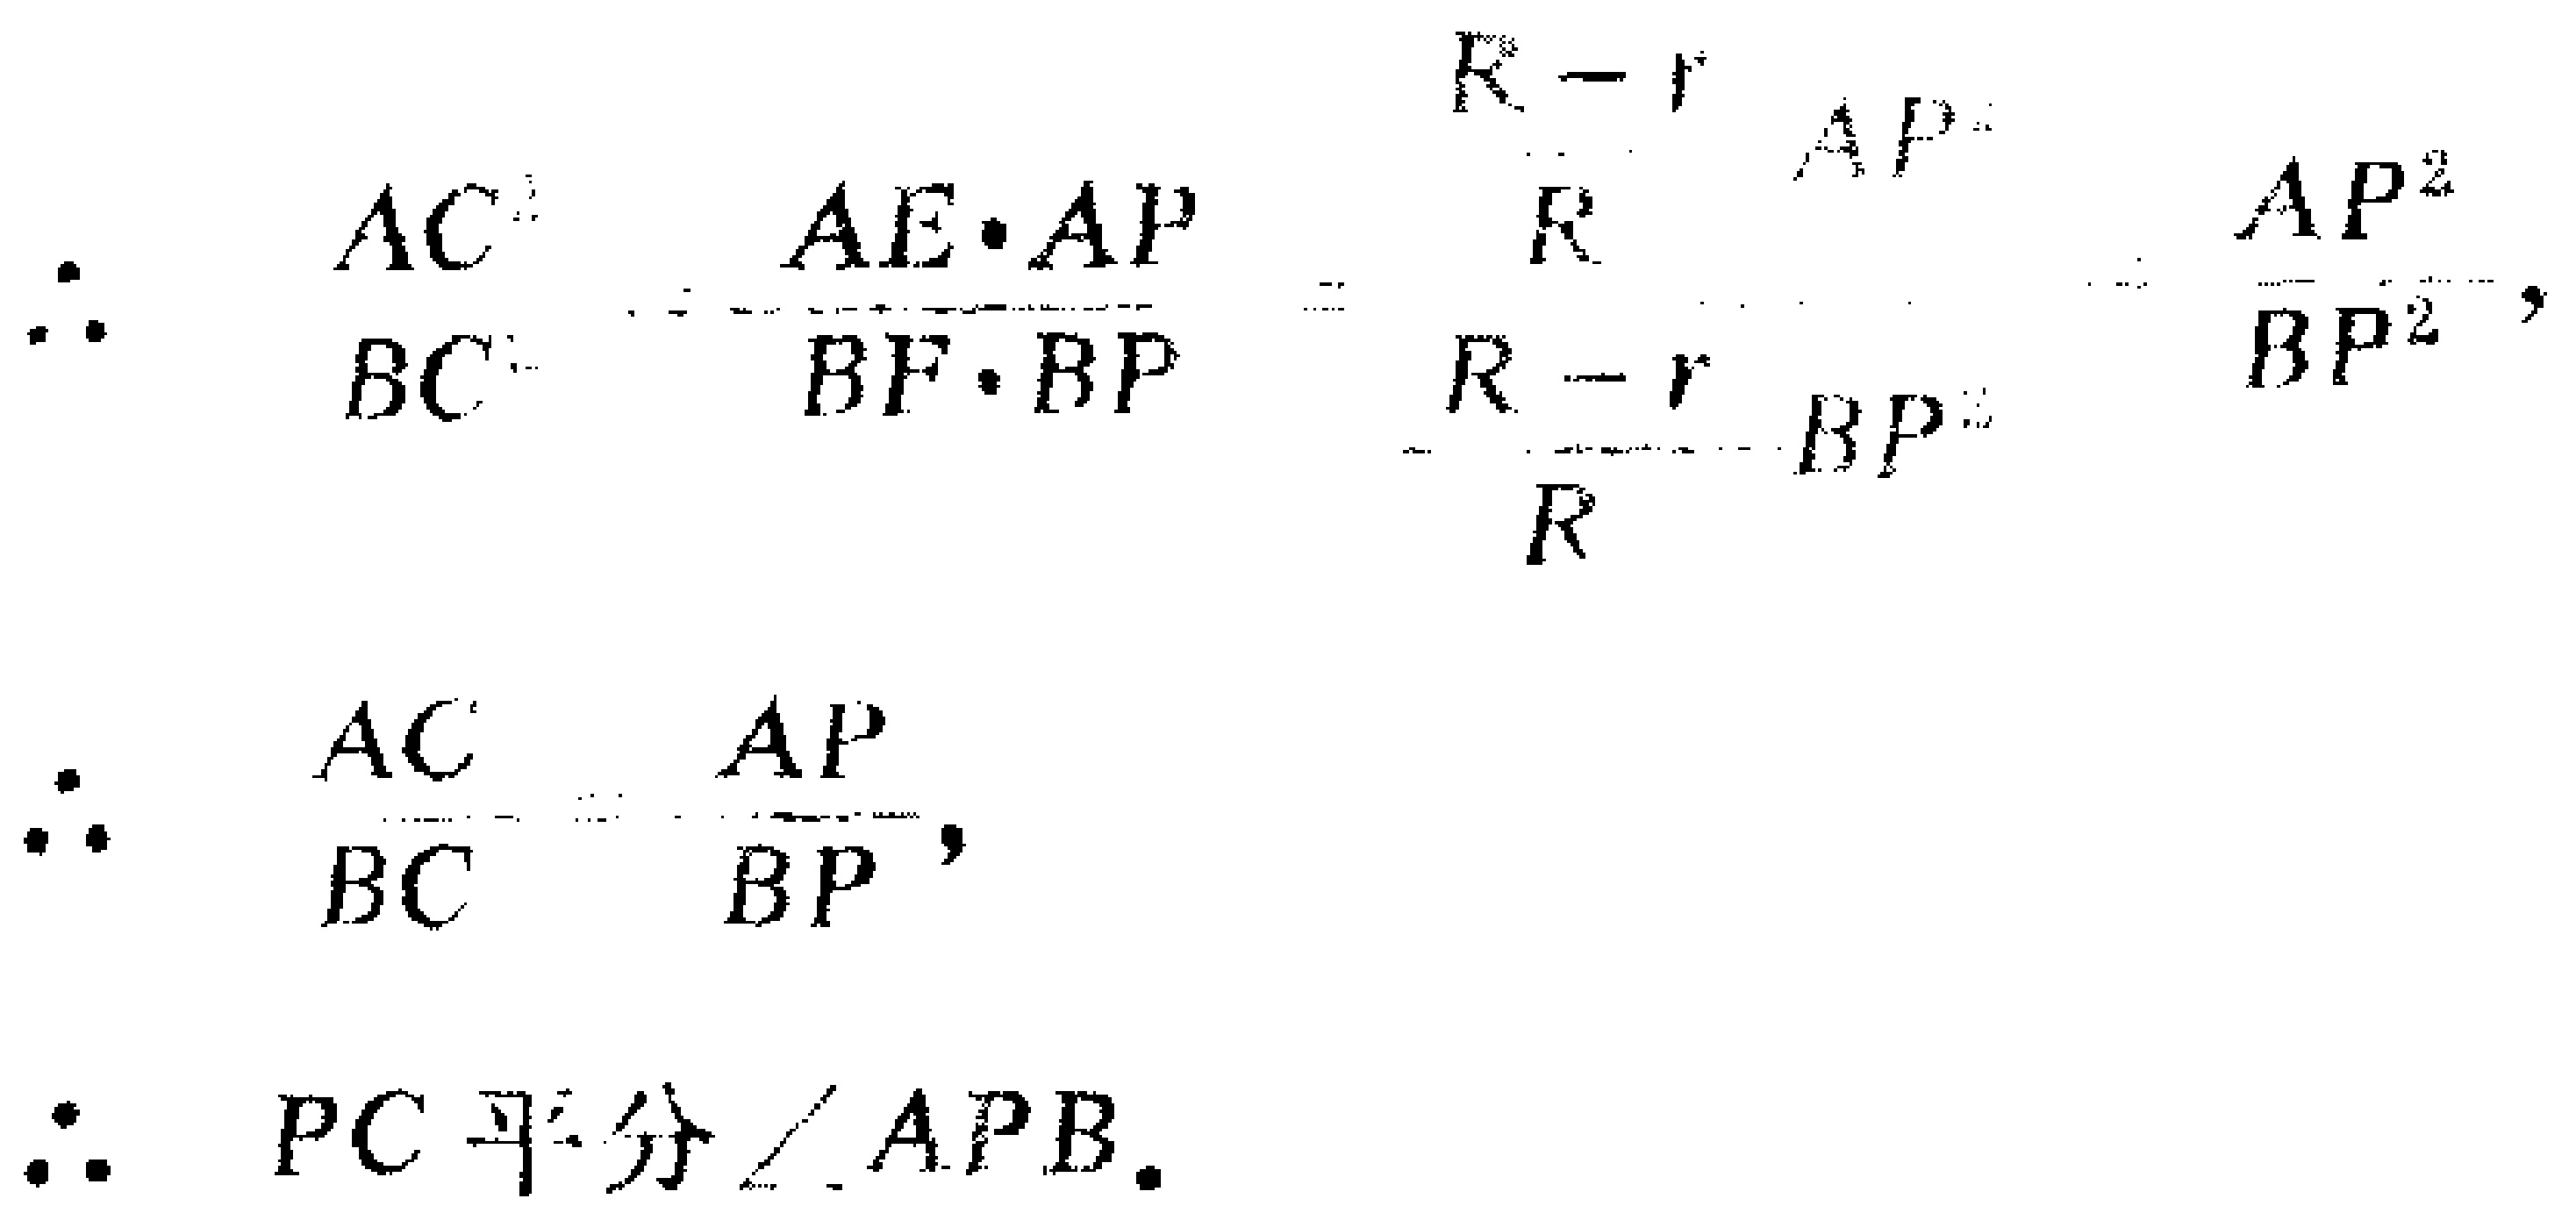
\[
\begin{align*}
\therefore\quad&\frac{AC^{2}}{BC^{2}}=\frac{AE\cdot AP}{BF\cdot BP}=\frac{\frac{R - r}{R}AP^{2}}{\frac{R - r}{R}BP^{2}}=\frac{AP^{2}}{BP^{2}},\\
\therefore\quad&\frac{AC}{BC}=\frac{AP}{BP},\\
\therefore\quad&PC\text{ 平分 }\angle APB.
\end{align*}
\]